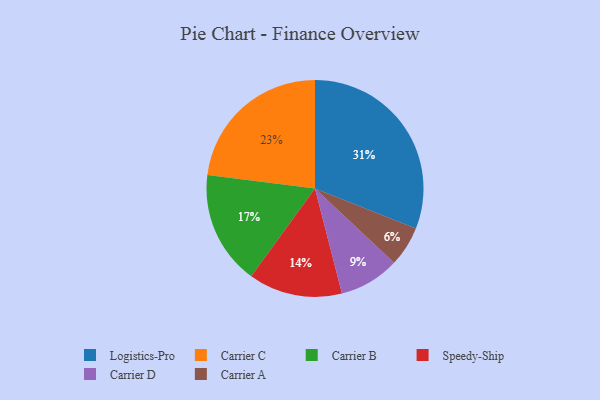
{"axis": {"x": "Category", "y": "Percentage"}, "legend": ["Carrier A", "Carrier B", "Carrier C", "Carrier D", "Logistics-Pro", "Speedy-Ship"], "data": [{"x": "Carrier C", "y": 23, "type": "Carrier C"}, {"x": "Carrier B", "y": 17, "type": "Carrier B"}, {"x": "Logistics-Pro", "y": 31, "type": "Logistics-Pro"}, {"x": "Carrier D", "y": 9, "type": "Carrier D"}, {"x": "Speedy-Ship", "y": 14, "type": "Speedy-Ship"}, {"x": "Carrier A", "y": 6, "type": "Carrier A"}]}